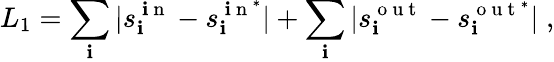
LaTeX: L_{1}=\sum_{\mathbf{i}}|s_{\mathbf{i}}^{\mathrm{{~\mathbf{i}~n~}}}-s_{\mathbf{i}}^{\mathrm{{~\mathbf{i}~n~}}^{*}}|+\sum_{\mathbf{i}}|s_{\mathbf{i}}^{\mathrm{{~o~u~t~}}}-s_{\mathbf{i}}^{\mathrm{{~o~u~t~}}^{*}}|\; ,